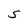
Character: S